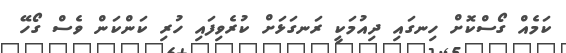
ކަމެއް ގޯސްކޮށް ހިނގައި ދިއުމަކީ ރަނގަޅަށް ކުރެވިފައި ހުރި ކަންކަން ވެސް ގޯހޭ